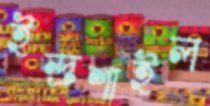
ইন্দ্রশাইল